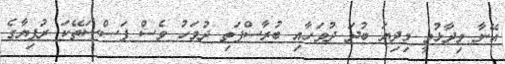
އޭނާ ވިދާޅުވީ މިދިޔަ ބުދަ ދުވަހާއި ބުރާސްފަތި ދުވަހު ވެސް ފަސްސަތޭކަ ރުފިޔާގެ